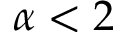
\alpha < 2